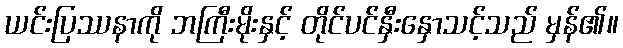
ယင်းပြဿနာကို ဘကြီးမိုးနှင့် တိုင်ပင်နှီးနှောသင့်သည် မှန်၏။